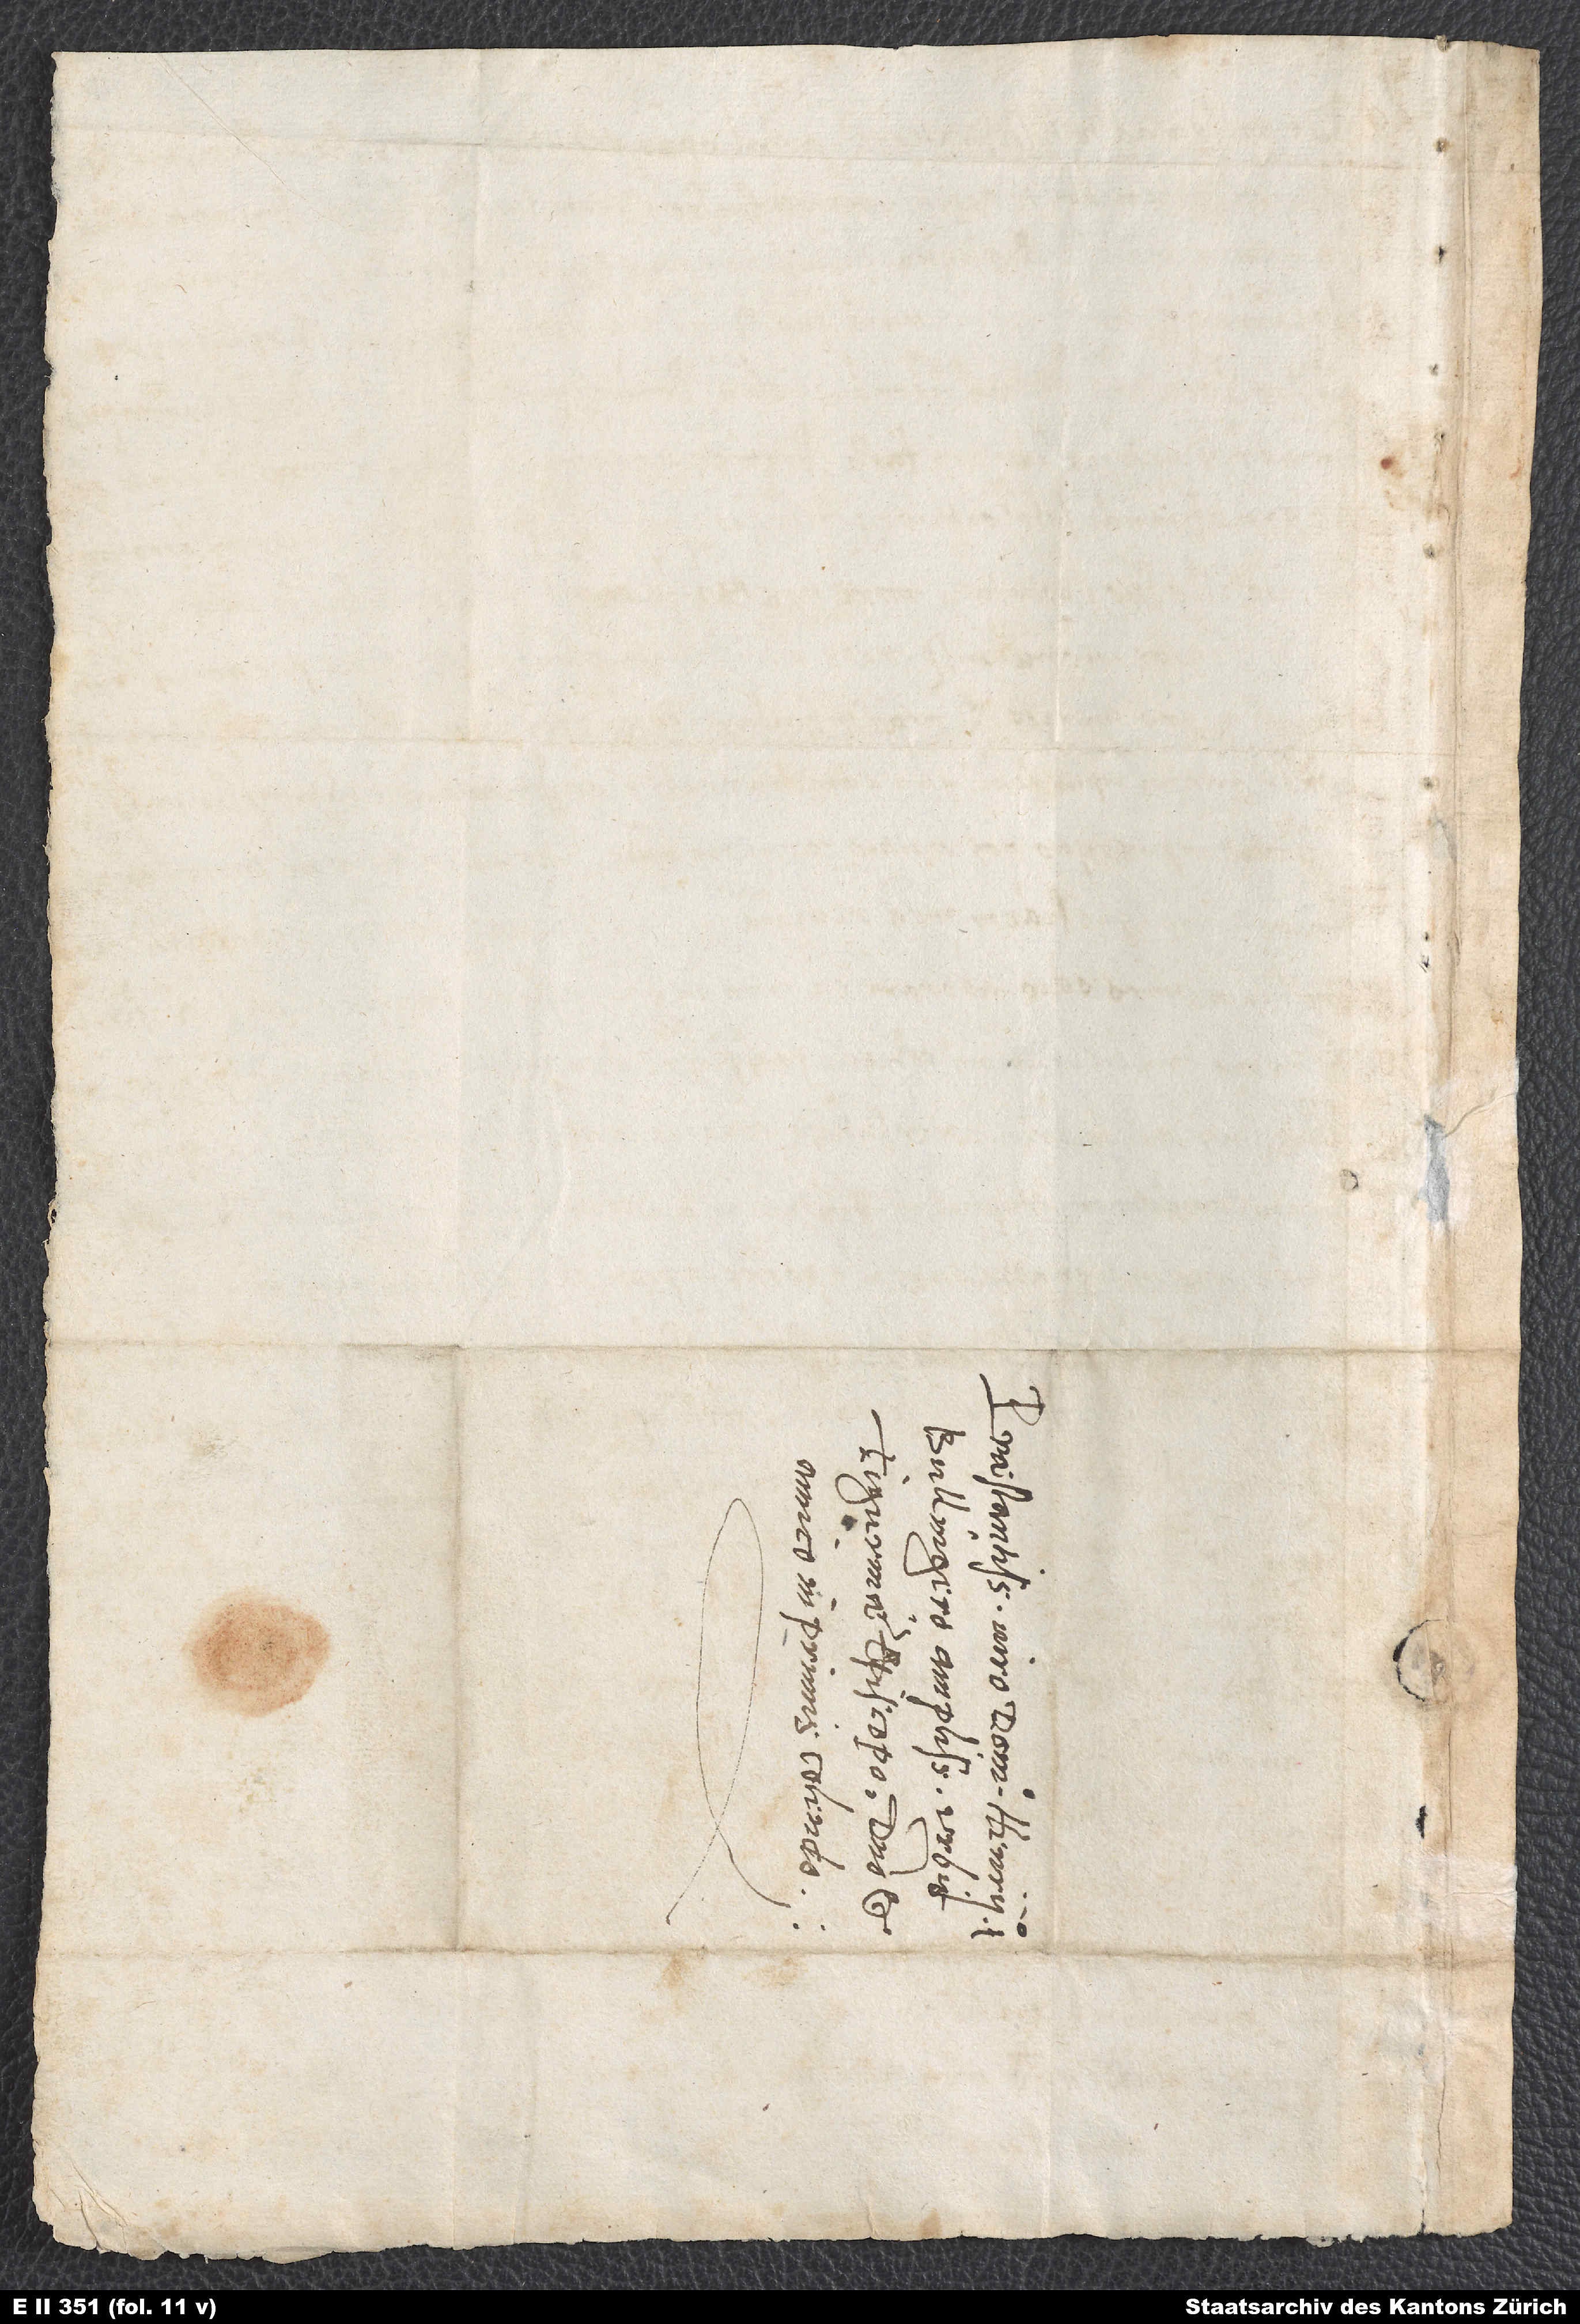
S.